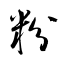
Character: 粉